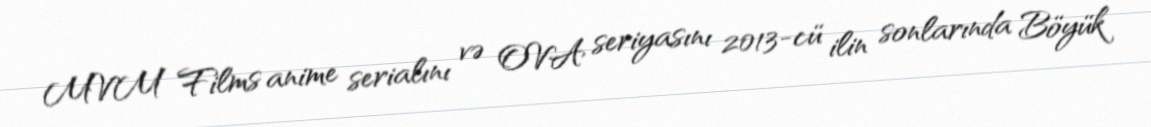
MVM Films anime serialını və OVA seriyasını 2013-cü ilin sonlarında Böyük